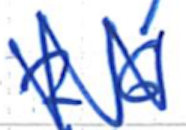
Text: 26
Cross-out: mix
Writing tool: ballpoint